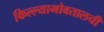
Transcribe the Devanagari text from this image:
किल्ल्याभोवतालची